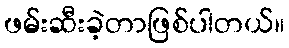
ဖမ်းဆီးခဲ့တာဖြစ်ပါတယ်။